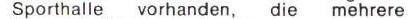
Sporthalle vorhanden, die mehrere